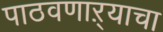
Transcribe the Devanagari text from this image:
पाठवणाऱ्याचा